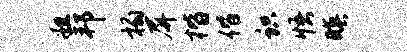
粗邦榻屏楷偕识悟暝